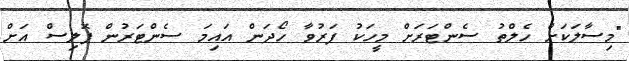
"މިސާލަކަށް ހެލްތު ސެންޓަރަށް މީހަކު ފަރުވާ ހޯދަން އައިމަ ސެންޓަރުން ޕޮލިސް އަށް